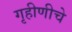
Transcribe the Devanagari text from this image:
गृहीणीचे